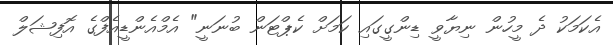
އެކަަމަކު ދެ މީހުން ނިޔާވީ ޑިންގީގައި ކަމަށް ކެޕްޓަން ބުނަނީ" އެމްއެންޑީއެފްގެ އޮފިޝަލް